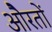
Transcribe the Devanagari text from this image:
औेरतों